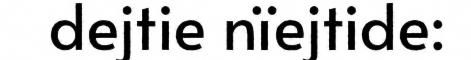
dejtie nïejtide: